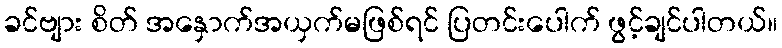
ခင်ဗျား စိတ် အနှောက်အယှက်မဖြစ်ရင် ပြတင်းပေါက် ဖွင့်ချင်ပါတယ်။